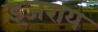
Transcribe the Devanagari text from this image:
इजराय